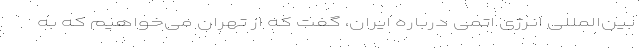
بین‌المللی انرژی اتمی درباره ایران، گفت که از تهران می‌خواهیم که به